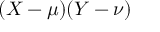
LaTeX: ( X - \mu ) ( Y - \nu )